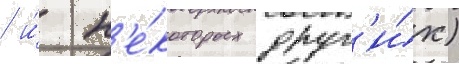
/ и́ н'е́которых друг'и́х)